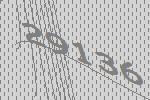
29136